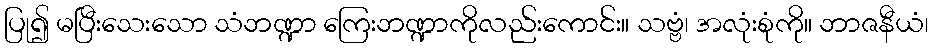
ပြု၍ မပြီးသေးသော သံဘဏ္ဍာ ကြေးဘဏ္ဍာကိုလည်းကောင်း။ သဗ္ဗံ၊ အလုံးစုံကို။ ဘာဇနီယံ၊